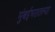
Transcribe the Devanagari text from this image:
मुंबईभरातल्या